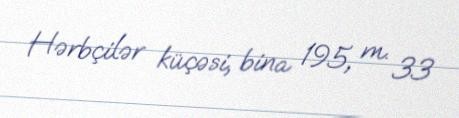
Hərbçilər küçəsi, bina 195, m. 33